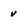
Character: v